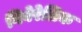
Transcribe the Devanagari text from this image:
गिबेरेलिक